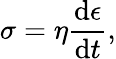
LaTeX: \sigma=\eta\frac{\mathrm{d}\epsilon}{\mathrm{d}t},